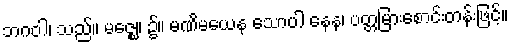
ဘဂဝါ၊ သည်။ မဇ္ဈေ၊ ၌။ မဏိမယေန သောပါ နေန၊ ပတ္တမြားစောင်းတန်းဖြင့်။